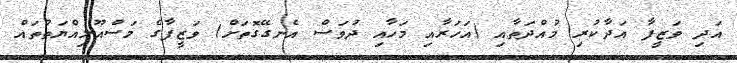
އަދި ވަޒީފާ އަދާކުރި މުއްދަތާއި (އަހަރާއި މަހާއި ދުވަސް އެނގޭގޮތަށް) ވަޒީފާގެ މަސްއޫލިއްޔަތުތައް